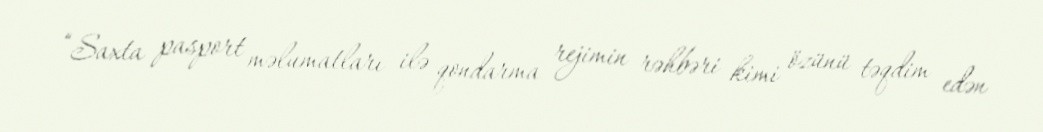
“Saxta pasport məlumatları ilə qondarma rejimin rəhbəri kimi özünü təqdim edən